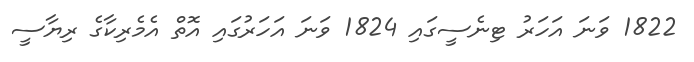
1822 ވަނަ އަހަރު ޓިނެސީގައި 1824 ވަނަ އަހަރުގައި އޮތް އެމެރިކާގެ ރިޔާސީ